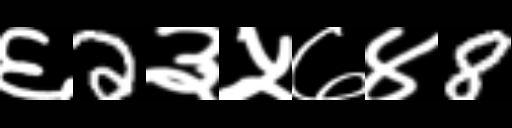
Text: ६2३५७४8